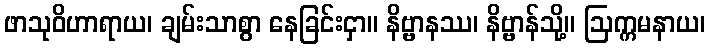
ဖာသုဝိဟာရာယ၊ ချမ်းသာစွာ နေခြင်းငှာ။ နိဗ္ဗာနဿ၊ နိဗ္ဗာန်သို့။ ဩက္ကမနာယ၊